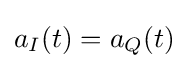
a_{I}(t)=a_{Q}(t)